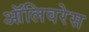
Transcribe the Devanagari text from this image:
ऑलिवरेस